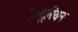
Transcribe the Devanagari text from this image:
इल्यूरियन